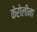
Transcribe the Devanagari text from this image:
केरोलीना